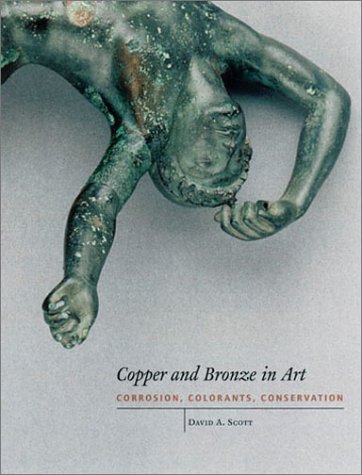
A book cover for Copper and Bronze in Art: Corrosion, Colorants, Conservation (Getty Trust Publications: Getty Conservation Institute); David Scott; Science & Math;